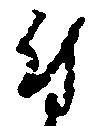
付